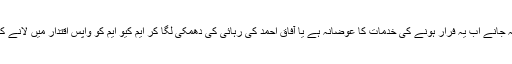
نہ جانے اب یہ فرار ہونے کی خدمات کا عوضانہ ہے یا آفاق احمد کی رہائی کی دھمکی لگا کر ایم کیو ایم کو واپس اقتدار میں لانے کا۔